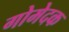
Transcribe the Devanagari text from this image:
गोमेदक